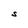
Character: S